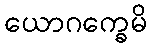
ယောဂက္ခေမိ